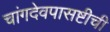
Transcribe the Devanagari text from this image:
चांगदेवपासष्टीची